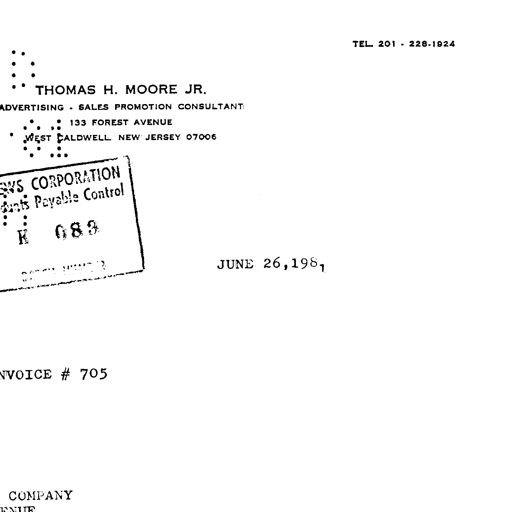
TEL. 201 - 228-1924
THOMAS H. MOORE JR.
ADVERTISING . SALES PROMOTION CONSULTANT
133 FOREST AVENUE
WEST CALDWELL. NEW JERSEY 07006
WS CORPORATION
unts Payable Control
K 083
JUNE 26, 1981
INVOICE # 705
COMPANY